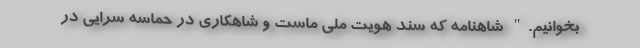
بخوانیم." شاهنامه که سند هویت ملی ماست و شاهکاری در حماسه سرایی در